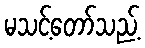
မသင့်တော်သည့်